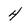
Character: 4